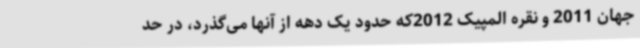
جهان 2011 و نقره المپیک 2012که حدود یک دهه از آنها می‌گذرد، در حد